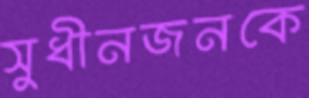
সুধীনজনকে